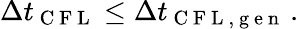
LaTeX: \Delta t_{\mathrm{~C~F~L~}}\le\Delta t_{\mathrm{~C~F~L~,~g~e~n~}}\, .